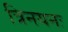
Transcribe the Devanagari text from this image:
त्रिनयनः